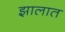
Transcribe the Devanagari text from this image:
झालात